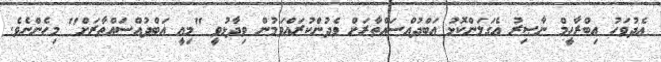
އެދުވަހު އިބްރާހީމް ނާޞިރު އެގަލަންކޮޅު ޢަބްދުއްސައްތާރަށް ވެދުންކުރައްވަމުން ވިދާޅުވީ "މިއީ ޢަބްދުއްސައްތާރަށް" މިހެންނެވެ.